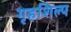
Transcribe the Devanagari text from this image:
गृहशिल्प